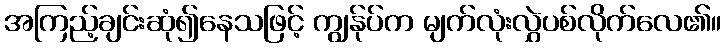
အကြည့်ချင်းဆုံ၍နေသဖြင့် ကျွန်ုပ်က မျက်လုံးလွှဲပစ်လိုက်လေ၏။